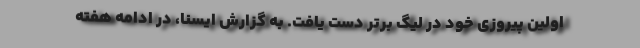
اولین پیروزی خود در لیگ برتر دست یافت. به گزارش ایسنا، در ادامه هفته